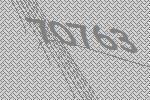
70763